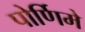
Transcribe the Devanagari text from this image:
पोर्णिमे